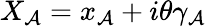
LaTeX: X_{\cal A}=x_{\cal A}+i\theta\gamma_{\cal A}